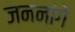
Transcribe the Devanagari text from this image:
जननांगे